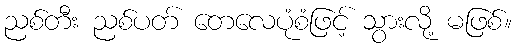
ညစ်တီး ညစ်ပတ် တေလေပုံစံဖြင့် သွားလို့ မဖြစ်။